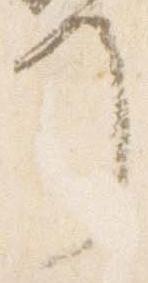
了